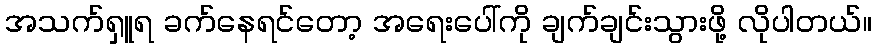
အသက်ရှူရ ခက်နေရင်တော့ အရေးပေါ်ကို ချက်ချင်းသွားဖို့ လိုပါတယ်။